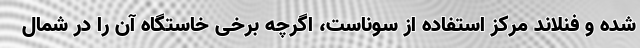
شده و فنلاند مرکز استفاده از سوناست، اگرچه برخی خاستگاه آن را در شمال